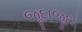
જૂદાજૂદા